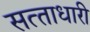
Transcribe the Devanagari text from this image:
सत्‍ताधारी